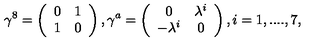
\gamma ^ { 8 } = \left( \begin{array} { c c } { 0 } & { 1 } \\ { 1 } & { 0 } \\ \end{array} \right) , \gamma ^ { a } = \left( \begin{array} { c c } { 0 } & { \lambda ^ { i } } \\ { - \lambda ^ { i } } & { 0 } \\ \end{array} \right) , i = 1 , . . . . , 7 ,